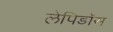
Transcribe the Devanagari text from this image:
लेपिडॉस